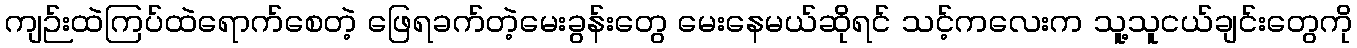
ကျဉ်းထဲကြပ်ထဲရောက်စေတဲ့ ဖြေရခက်တဲ့မေးခွန်းတွေ မေးနေမယ်ဆိုရင် သင့်ကလေးက သူ့သူငယ်ချင်းတွေကို